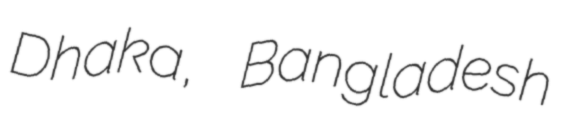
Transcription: Dhaka, Bangladesh